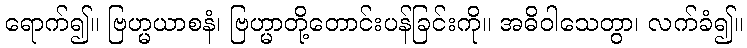
ရောက်၍။ ဗြဟ္မယာစနံ၊ ဗြဟ္မာတို့တောင်းပန်ခြင်းကို။ အဓိဝါသေတွာ၊ လက်ခံ၍။